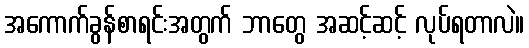
အကောက်ခွန်စာရင်းအတွက် ဘာတွေ အဆင့်ဆင့် လုပ်ရတာလဲ။